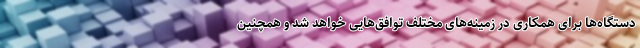
دستگاه‌ها برای همکاری در زمینه‌های مختلف توافق‌هایی خواهد شد و همچنین